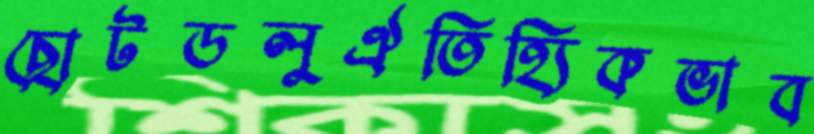
ছোটডলুঐতিহ্যিকভাব